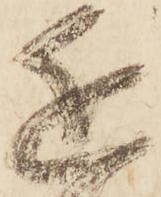
近